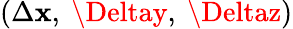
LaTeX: (\Delta\mathbf{x},\ \Deltay,\ \Deltaz)